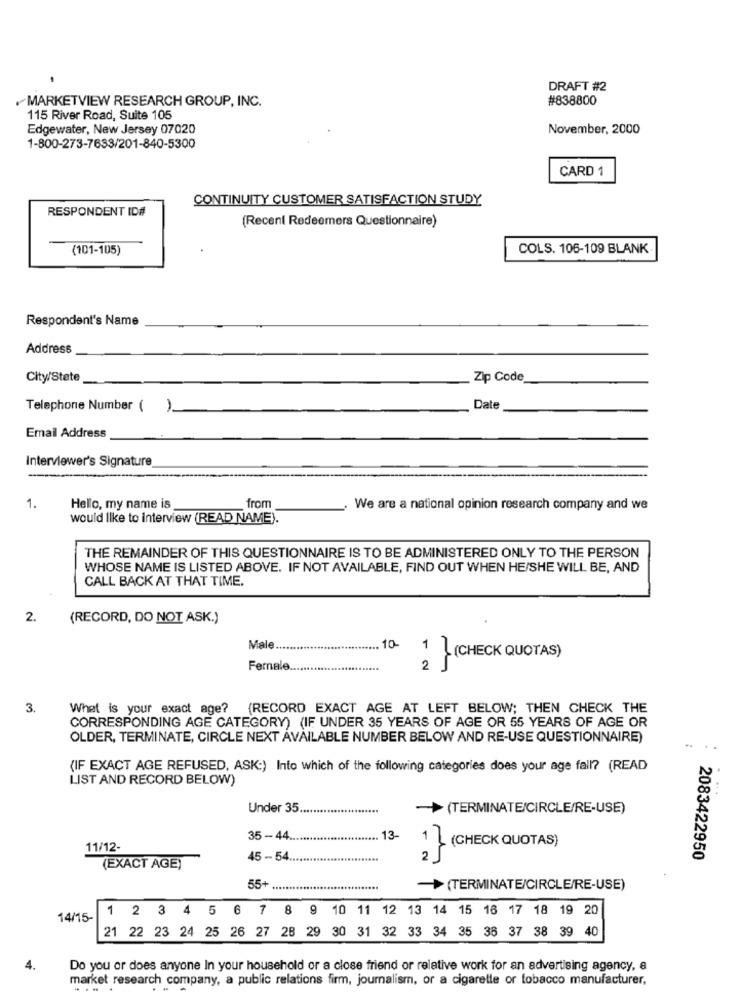
DRAFT #2
MARKETVIEW RESEARCH GROUP, INC.
#838800
115 River Road, Suite 105
Edgewater, New Jersey 07020
November, 2000
1-800-273-7633/201-840-5300
CARD 1
CONTINUITY CUSTOMER SATISFACTION STUDY
RESPONDENT ID#
(Recent Redeemers Questionnaire)
(101-105)
COLS. 106-109 BLANK
Respondent's Name
Address
City/State
Zip Code
Telephone Number (
1
Date
Email Address
Interviewer's Signature
1.
Hello, my name is
from
We are a national opinion research company and we
would like to interview (READ NAME).
THE REMAINDER OF THIS QUESTIONNAIRE IS TO BE ADMINISTERED ONLY TO THE PERSON
WHOSE NAME IS LISTED ABOVE. IF NOT AVAILABLE, FIND OUT WHEN HE/SHE WILL BE, AND
CALL BACK AT THAT TIME.
2.
(RECORD, DO NOT ASK.)
Male.
10-
1 1 (CHECK QUOTAS)
Female
2 .
3.
What is your exact age? (RECORD EXACT AGE AT LEFT BELOW; THEN CHECK THE
CORRESPONDING AGE CATEGORY) (IF UNDER 35 YEARS OF AGE OR 55 YEARS OF AGE OR
OLDER, TERMINATE, CIRCLE NEXT AVAILABLE NUMBER BELOW AND RE-USE QUESTIONNAIRE)
(IF EXACT AGE REFUSED, ASK:) Into which of the following categories does your age fall? (READ
LIST AND RECORD BELOW)
Under 35
(TERMINATE/CIRCLE/RE-USE)
35 - 44 ..
13
11/12-
1 } (CHECK QUOTAS)
45 -54.
2083422950
(EXACT AGE)
55+.
(TERMINATE/CIRCLE/RE-USE)
1 2 3 4 5 6 7 8 9 10 11 12 13 14 15 16 17 18 19 20
14/15-
21 22 23 24 25 26 27 28 29 30 31 32 33 34 35 38 37 38 39 40
4.
Do you or does anyone In your household or a close friend or relative work for an advertising agency, a
market research company, a public relations firm, journalism, or a cigarette or tobacco manufacturer,
....